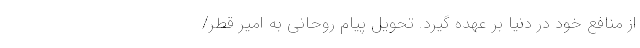
از منافع خود در دنیا بر عهده گیرد. تحویل پیام روحانی به امیر قطر/